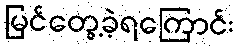
မြင်တွေ့ခဲ့ရကြောင်း